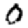
Digit: 0